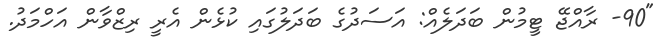
"90- ރާއްޖޭ ޓީމުން ބަދަަލެއް: އަސަދުގެ ބަދަލުގައި ކުޅެން އެރީ ރިޒްވާން އަހްމަދު.